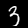
Label: 3